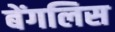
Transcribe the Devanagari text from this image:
बेंगलिस